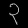
Digit: ၃